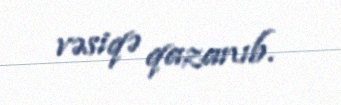
vəsiqə qazanıb.